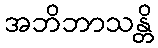
အဘိဘာသန္တိ